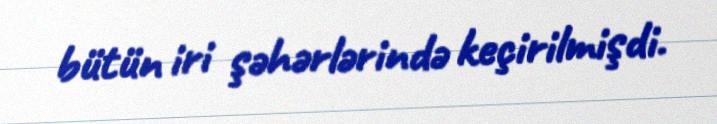
bütün iri şəhərlərində keçirilmişdi.